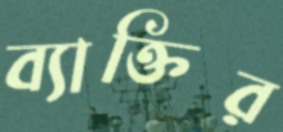
ব্যাক্তির